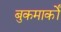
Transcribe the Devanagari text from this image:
बुकमार्कों